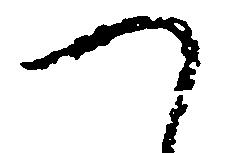
つ